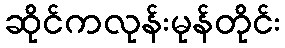
ဆိုင်ကလုန်းမုန်တိုင်း